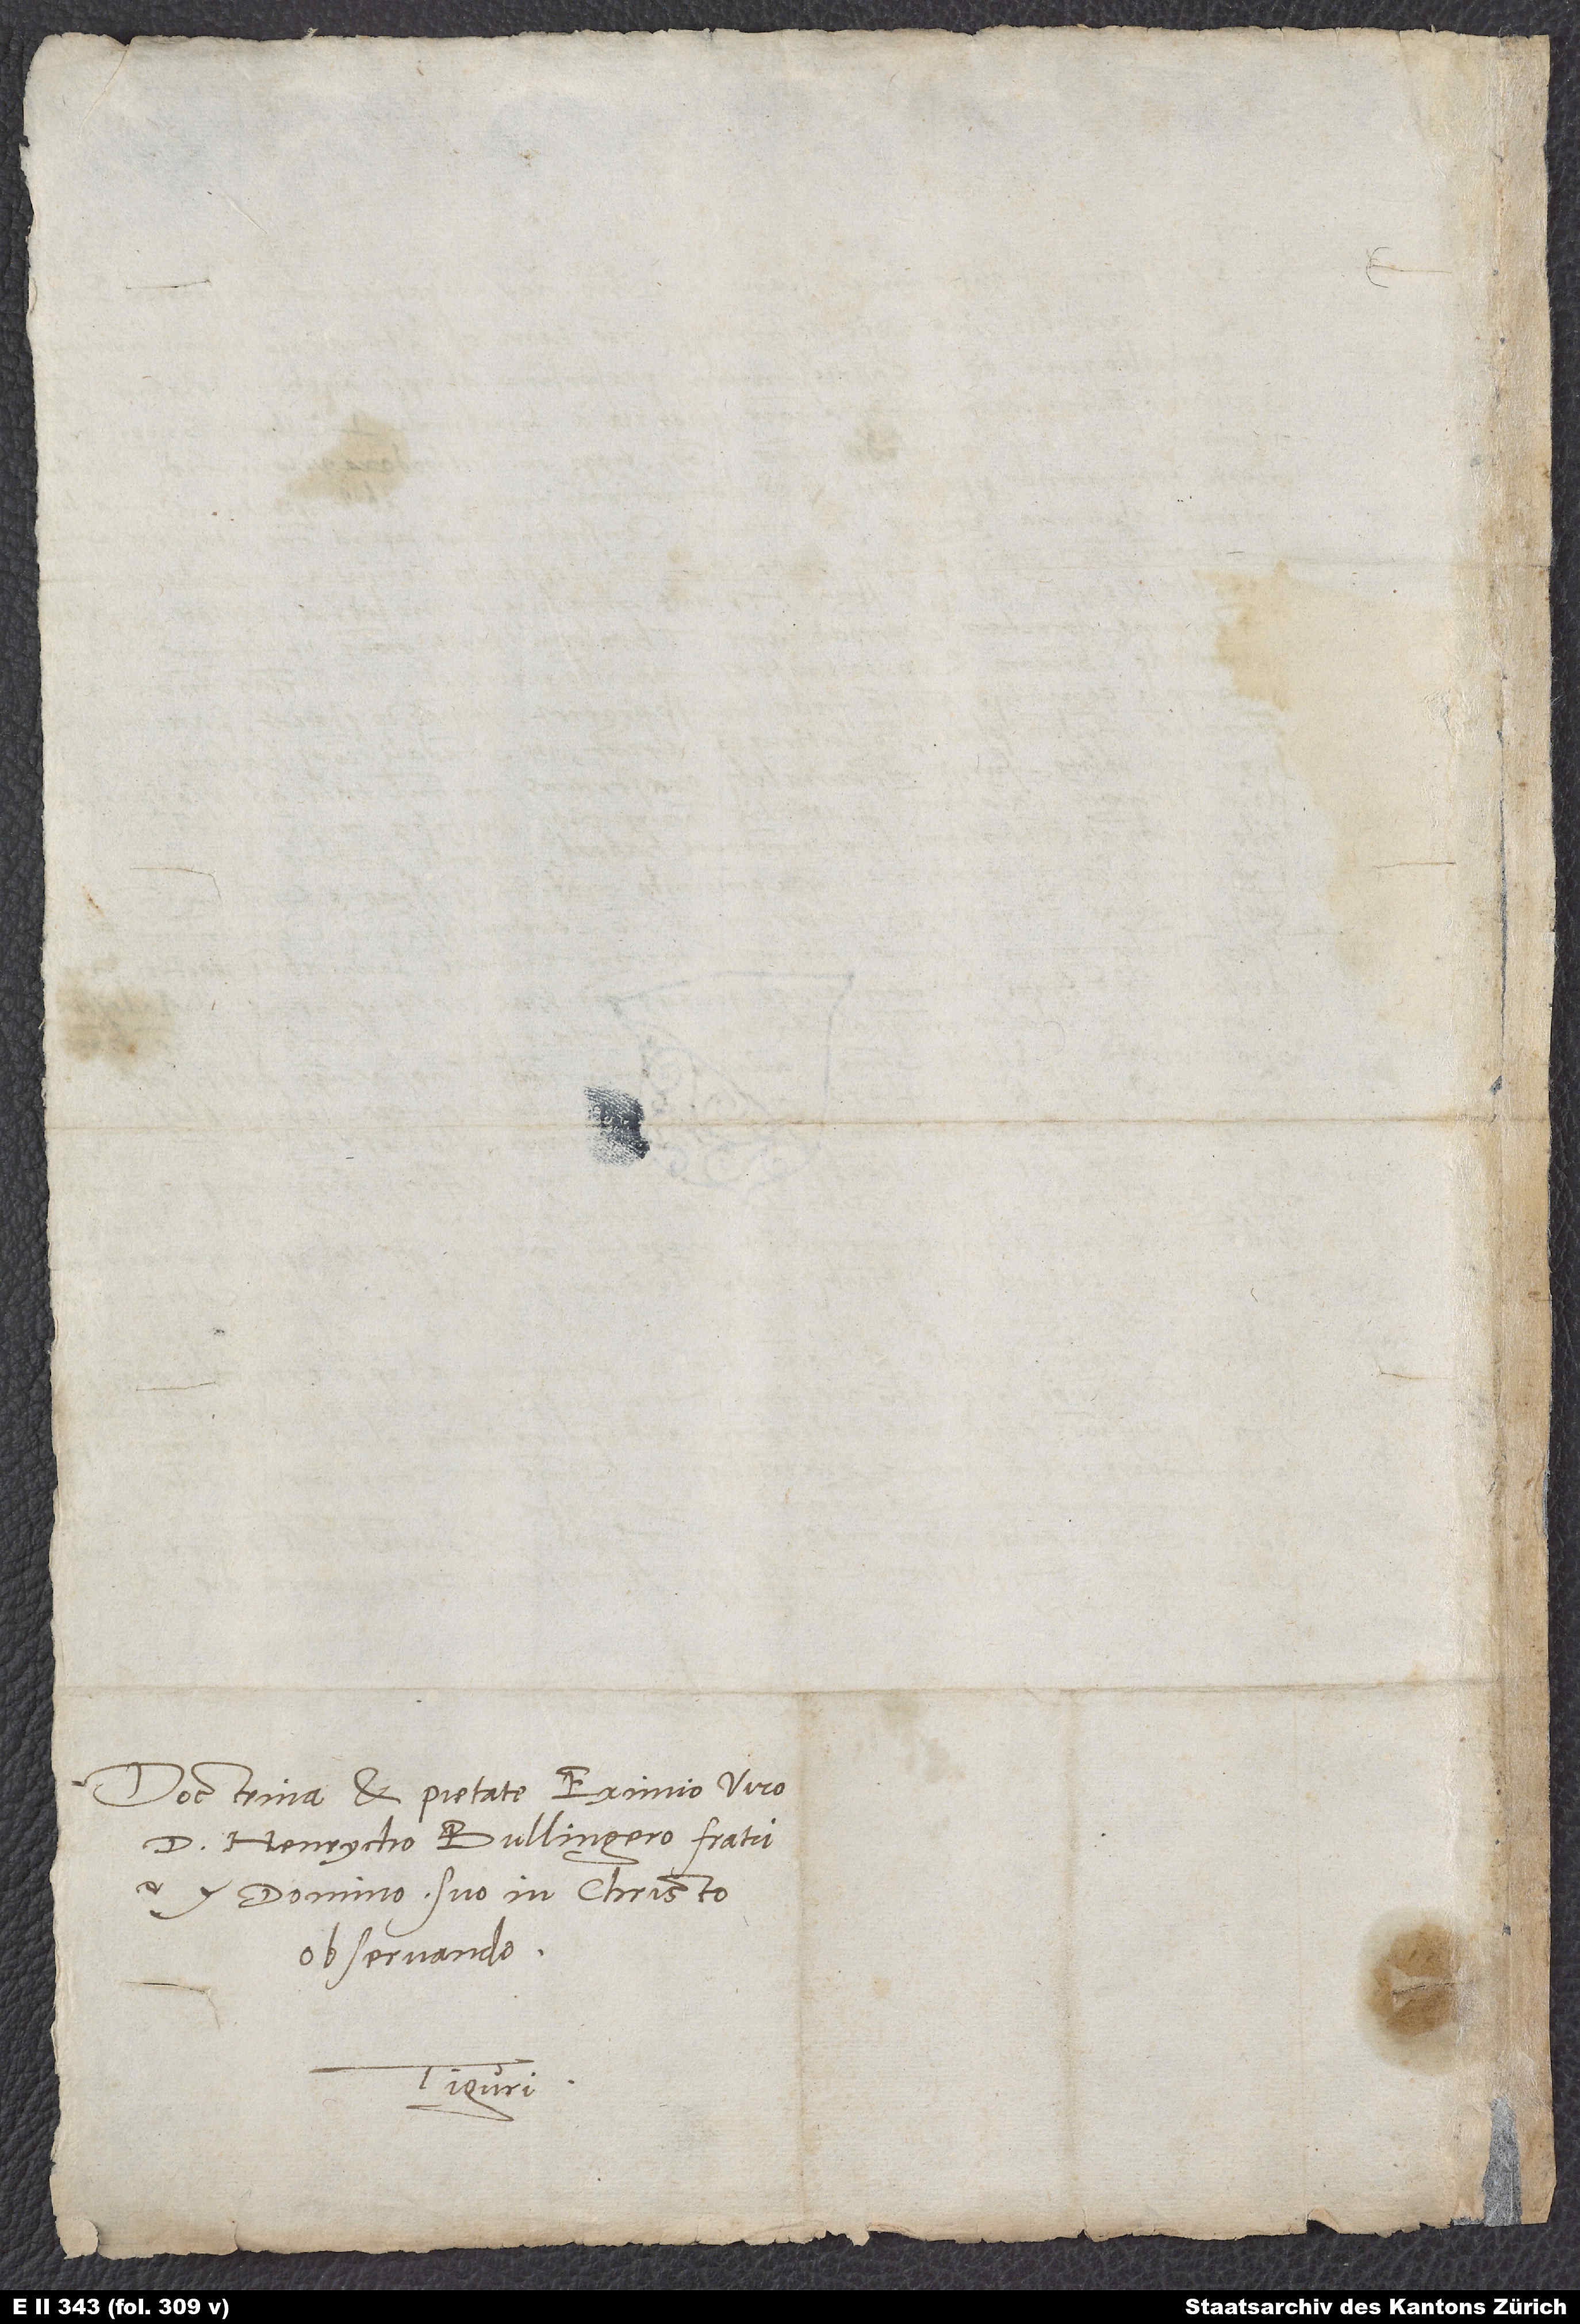
Doctrina et pietate eximio viro
d. Henrycho Bullingero, fratri
et domino suo in Christo
observando.
Tiguri.